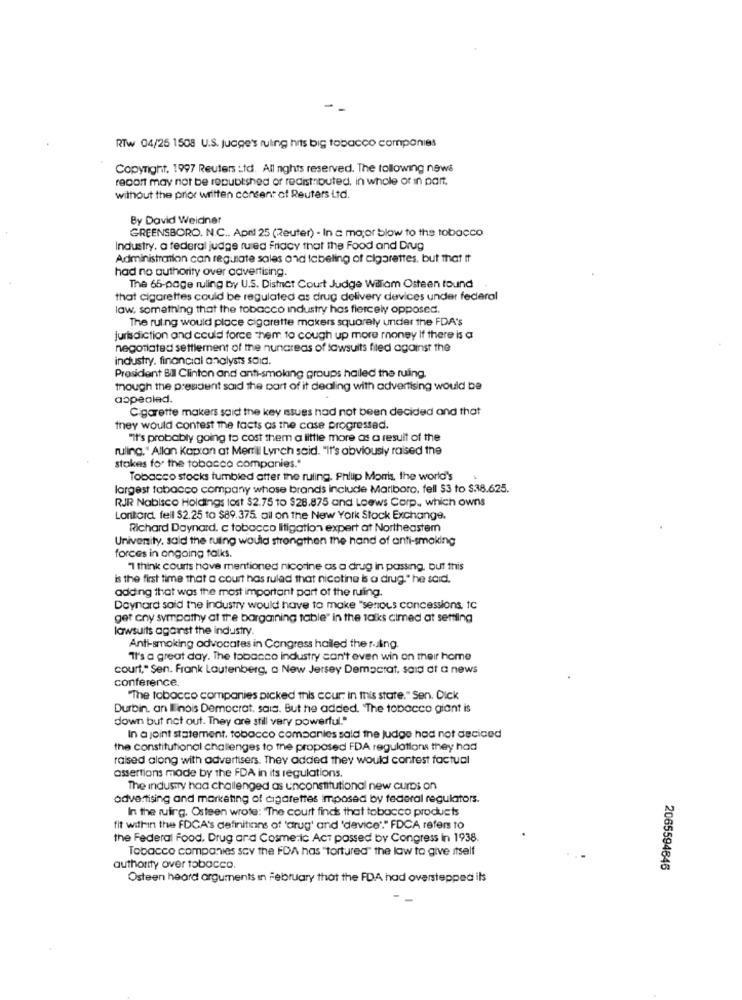
-
RTw 04/25 1508 U.S. judge's ruling hits big tobacco companies
Copyright. 1997 Reuters : td. All nights reserved. The following news
report may not be ropublished or reaistouted, in whole or in part.
without the prior written consent of Reuters Ltd.
By David Weidner
GREENSBORO. N.C .. April 25 (Reuter) - In a major blow to the tobacco
Industry. a federal judge ruled Friacy that the Food and Drug
Administration can regulate sales and labeling of cigarettes, but that tt
had no authority over advertising.
The 65-page ruling by U.S. District Court Judge William Osteen found
that cigarettes could be regulated as drug delivery devices under federal
law, something that the tobacco industry has fiercely opposed.
The ruling would place cigarette makers squarely under the FDA's
jurisdiction and could force Them to cough up more money If there is a
negotiated settlement of the nunareas of lawsuits filed against the
industry. financial analysts said.
President Bil Clinton and anti-smoking groups hailed the ruling.
though the pressent said the part of it dealing with advertising would be
aopeolad.
Cigarette makers said the key issues had not been decided and that
they would contest the facts as the case progressed.
"it's probably going to cost them a little more as a result of the
ruling,' Allan Kapton at Merrill Lynch said. "It's obviously raised the
stokes for the tobacco companies."
Tobacco stocks tumbled atter the ruling. Philip Morris, the world's
largest tobacco company whose brands include Marlboro, fell $3 to $38.625.
RJR Nabisco Holdings lost $2.75 to $28.875 and Loews Corp ., which owns
Lonitord fell $2.25 to $89.375. all on the New York Stock Exchange.
Richard Daynard, c tobacco litigation expert at Northeastem
University, said the ruling would strongthen the hand of anti-smoking
forces in angaing talks.
1 think courts have mentioned nicotine as a drug in passing, but this
is the first time that a court has ruled that nicotine b a drug." he said.
adding that was the most important part of the ruling.
Doynard sold the industry would have to make "serious concessions, tc
get cny sympathy at the bargaining table" in the talks aimed at settling
lawsuits against the industry.
Anti-smoking advocates in Congress halled the ruling.
"It's a great day. The tobacco industry can't even win on their home
court," Sen. Frank Lautenberg, a New Jersey Democrat, said at a news
conference.
"The tobacco companies picked this cour; in this state." Sen. Dick
Durbin. an Ilinois Democrat. sais. But he added. 'The tobacco giant is
down but not out. They are still very powerful."
In a joint statement. tobacco companies sald the judge had not deciced
the constitutional challenges to the proposed FDA regulations they had
raised along with advertisers. They added they would contest factual
assertions mode by the FDA in its regulations.
The industry haa challenged as unconstitutional new curbs on
advertising and marketing of cigarettes imposed by federal regulators.
In the ruing. Osteen wrote: "The court finck that tobacco products
fit within the FDCA's definitions of 'drug' and 'device"." FDCA refers to
the Federal Food, Drug and Cosmetic Act passed by Congress in 1938.
Tobacco companies say the FDA has "tortured" the law to give itself
authority over tobacco.
2065594646
Osteen heard arguments in February that the FDA had overstepped its